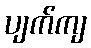
ပျက်ကျ